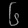
Digit: ၆